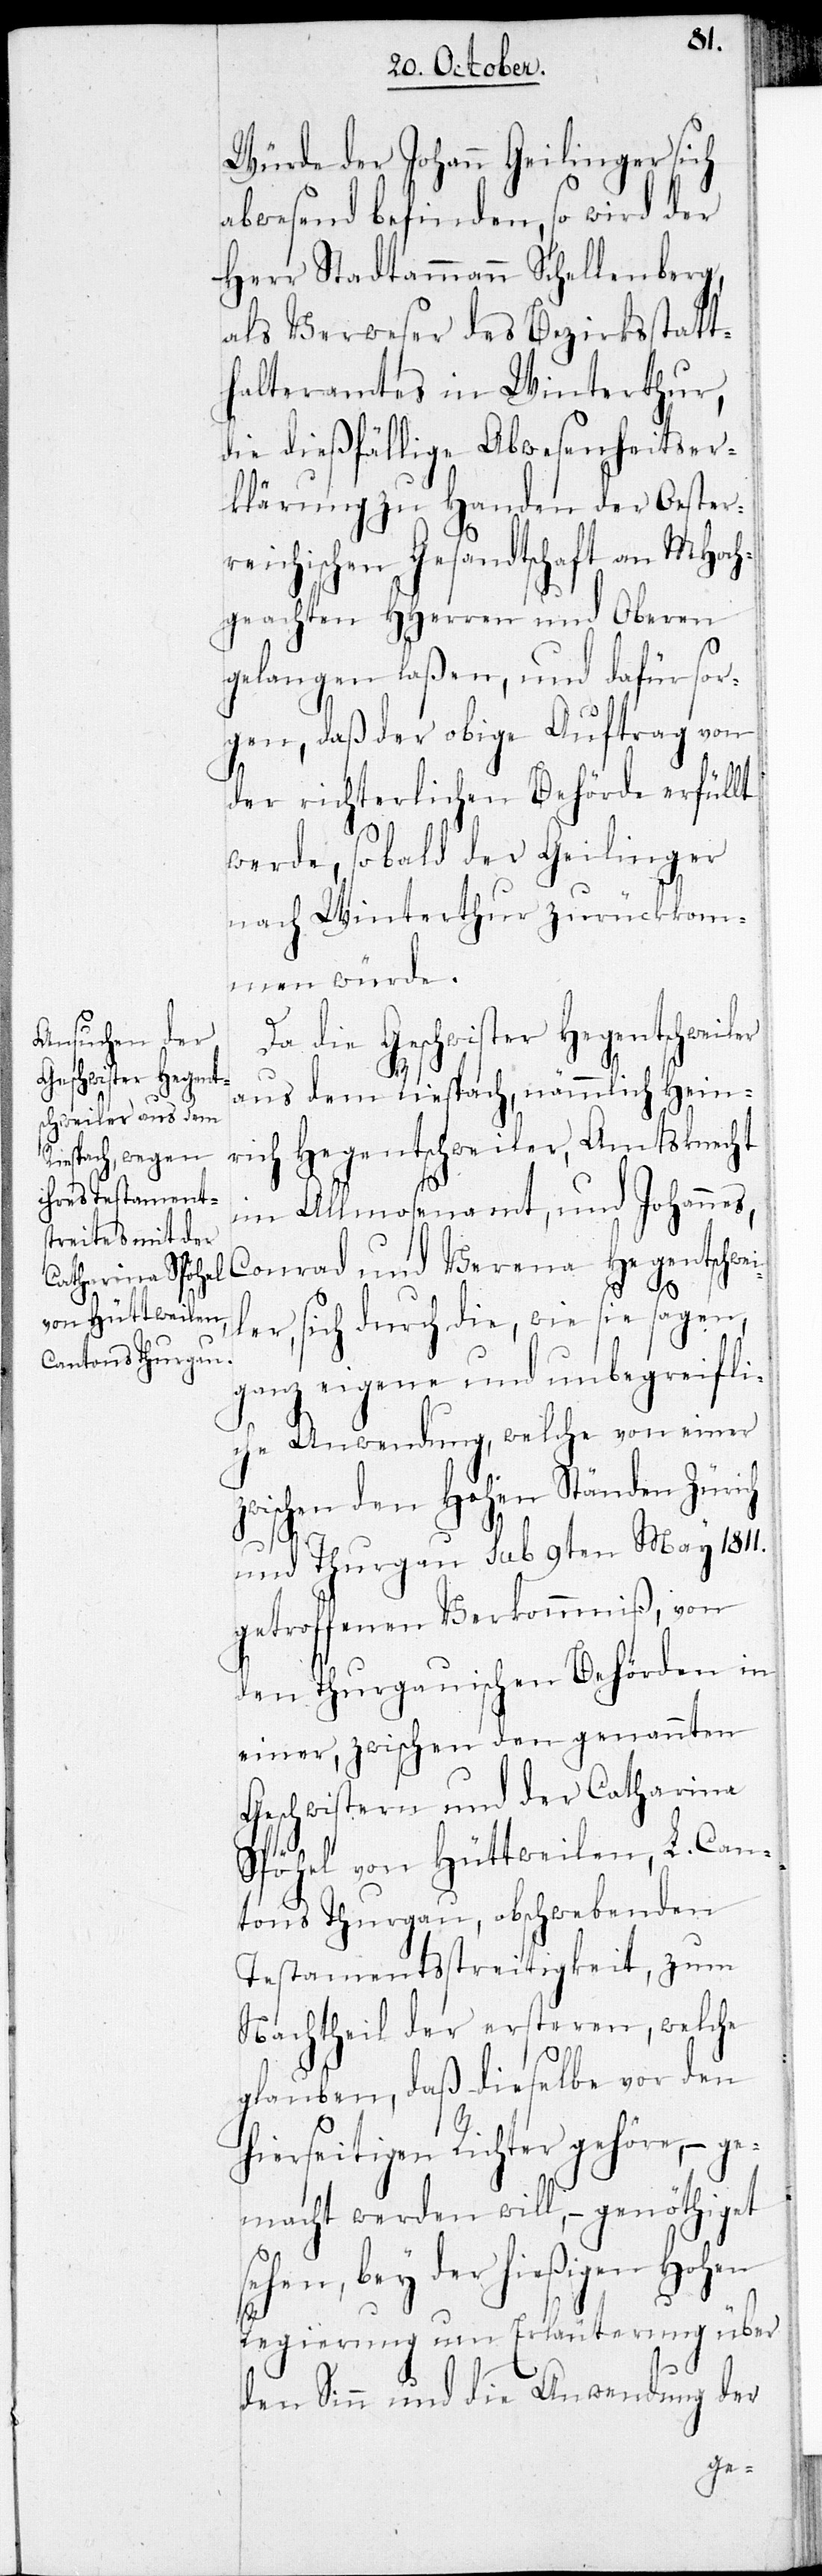
Würde der Johann Geilinger sich
abwesend befinden, so wird der
Herr Stadtammann Schellenberg,
als Verweser des Bezirksstatt¬
halteramtes in Winterthur,
die dießfällige Abwesenheitser¬
klärung zu Handen der Oester¬
reichischen Gesandtschaft an MHoch¬
geachten HHerren und Oberen
gelangen laßen, und dafür sor¬
gen, daß der obige Auftrag von
der richterlichen Behörde erfüllt
werde, sobald der Geilinger
nach Winterthur zurückkom¬
men würde.
und Verena Hegentschwei¬
aus dem Riesbach, nämmlich Hein¬
rich Hegentschweiler, Amtsknecht
im Allmosenamt, und Johannes,
er
ler, sich durch die, wie sie sagen,
ganz eigene und unbegreifli¬
che Anwendung, welche von einer
zwischen den Hohen Ständen Zürich
und Thurgau sub 9ten May 1811.
getroffenen Verkommniß, von
den Thurgauischen Behörden in
einer, zwischen den genannten
Geschwistern und der Catharina
Spöhel von Hüttweilen, L. Can¬
tons Thurgau, obschwebenden
Testamentsstreitigkeit, zum
Nachtheil der ersteren, welche
glauben, daß dieselbe vor den
hierseitigen Richter gehöre, - ge¬
macht werden will, – genöthiget
sehen, bey der hießigen Hohen
Regierung um Erläuterung über
den Sinn und die Anwendung der